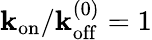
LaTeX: \mathbf{k}_{\mathrm{{on}}}/\mathbf{k}_{\mathrm{{off}}}^{(0)}=1